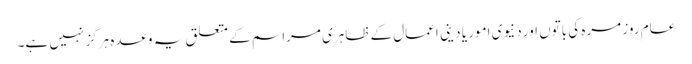
عام روز مرہ کی باتوں اور دنیوی امور یا دینی اعمال کے ظاہری مراسم کے متعلق یہ وعدہ ہرگز نہیں ہے۔